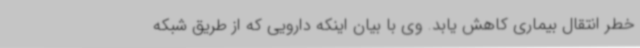
خطر انتقال بیماری کاهش یابد. وی با بیان اینکه دارویی که از طریق شبکه